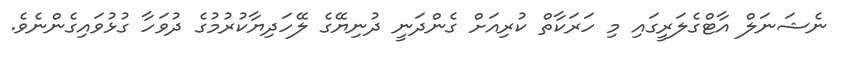
ނެޝަނަލް އާޓްގެލަރީގައި މި ހަރަކާތް ކުރިއަށް ގެންދަނީ ދުނިޔޭގެ ލޭހަދިޔާކުރުމުގެ ދުވަހާ ގުޅުވައިގެންނެވެ.